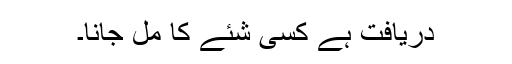
دریافت ہے کسی شئے کا مل جانا۔